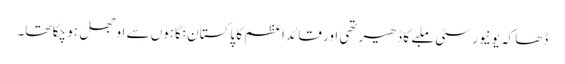
ڈھاکہ یونیورسٹی ملبے کا ڈھیر تھی اور قائد اعظم کا پاکستان نگاہوں سے اوجھل ہو چکا تھا۔